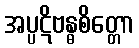
အပ္ပဋိဗန္ဓစိတ္တော